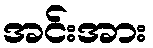
အင်းအား